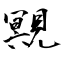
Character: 覭